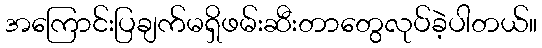
အကြောင်းပြချက်မရှိဖမ်းဆီးတာတွေလုပ်ခဲ့ပါတယ်။